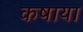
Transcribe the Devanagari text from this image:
कषाया